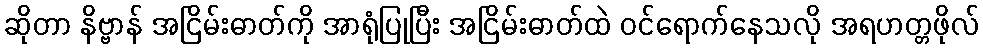
ဆိုတာ နိဗ္ဗာန် အငြိမ်းဓာတ်ကို အာရုံပြုပြီး အငြိမ်းဓာတ်ထဲ ဝင်ရောက်နေသလို အရဟတ္တဖိုလ်